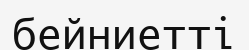
бейниетті